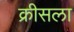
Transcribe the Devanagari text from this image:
क्रीसला